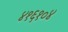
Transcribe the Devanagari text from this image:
४१६१०४